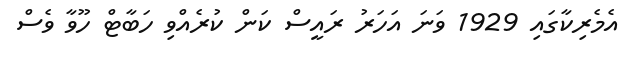
އެމެރިކާގައި 1929 ވަނަ އަހަރު ރައީސް ކަން ކުރެއްވި ހަބާޓް ހޫވާ ވެސް